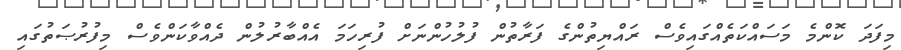
މިފަދަ ކޮންމެ މަސައްކަތެއްގައިވެސް ރައްޔިތުންގެ ފަރާތުން ފުލުހުންނަށް ފުރިހަމަ އެއްބާރުލުން ދެއްވާކަންވެސް މިފުރުޞަތުގައި